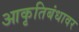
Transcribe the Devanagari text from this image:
आकृतिबंधावर